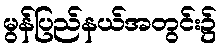
မွန်ပြည်နယ်အတွင်း၌